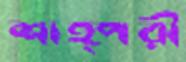
শাহ্পরী